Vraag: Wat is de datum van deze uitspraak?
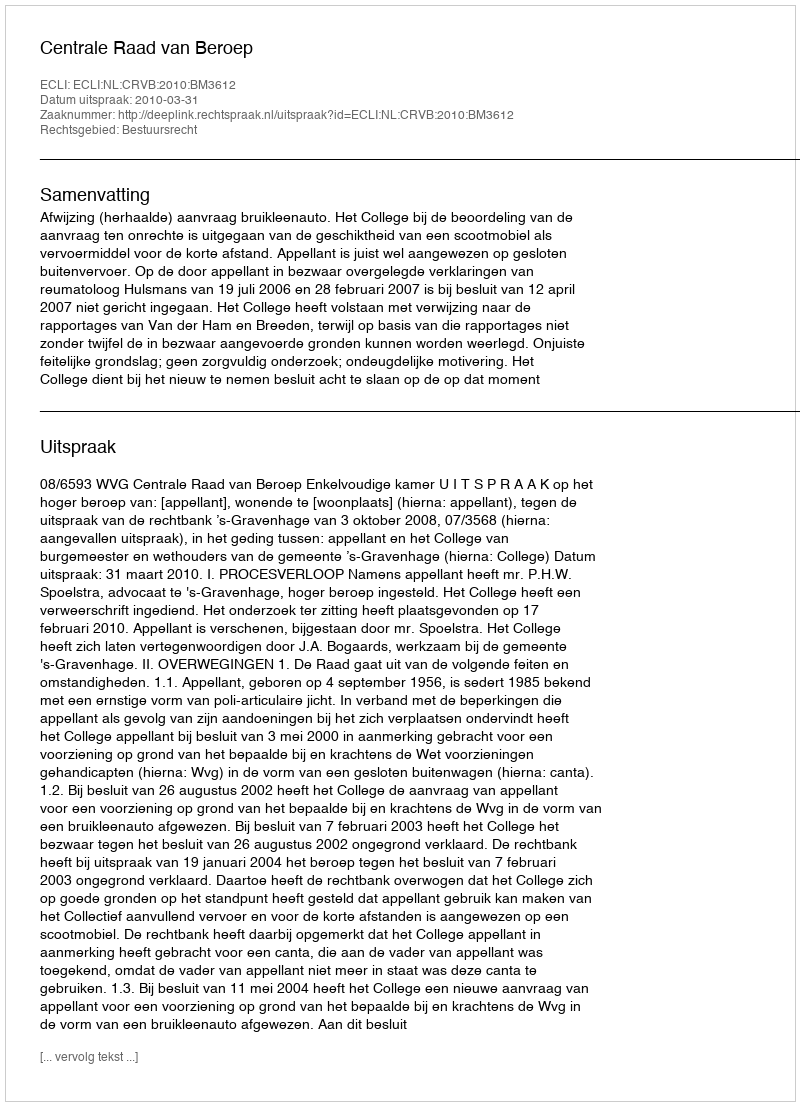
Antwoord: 2010-03-31